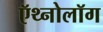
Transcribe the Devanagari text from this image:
ऍथ्नोलॉग